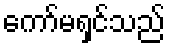
ကော်မရှင်သည်